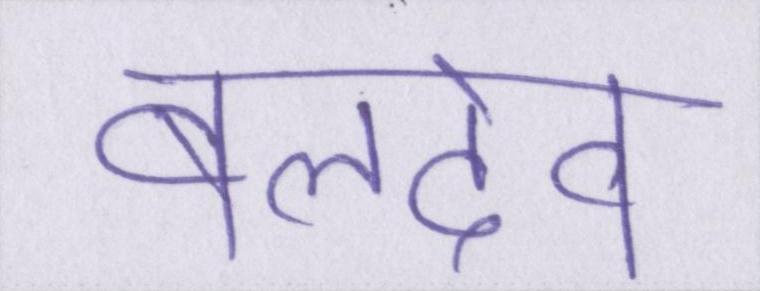
बलदेव